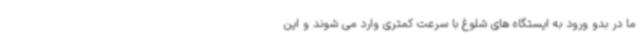
ما در بدو ورود به ایستگاه های شلوغ با سرعت کمتری وارد می شوند و این